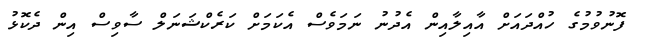
ފޮނުވުމުގެ ހުއްދައަށް އާއިލާއިން އެދުނު ނަމަވެސް އެކަމަށް ކަރެކްޝަނަލް ސާވިސް އިން ދެކޮޅު